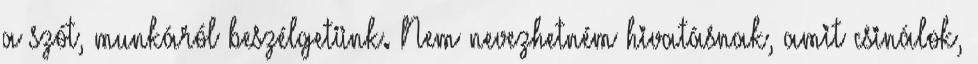
a szót, munkáról beszélgetünk. Nem nevezhetném hivatásnak, amit csinálok,